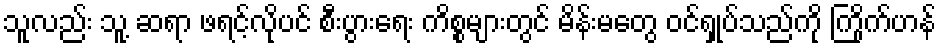
သူလည်း သူ့ ဆရာ ဖရင့်လိုပင် စီးပွားရေး ကိစ္စများတွင် မိန်းမတွေ ဝင်ရှုပ်သည်ကို ကြိုက်ဟန်